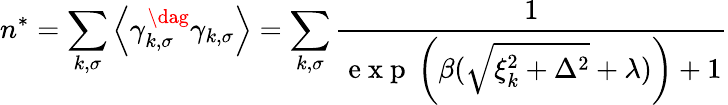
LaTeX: n^{*}=\sum_{k,\sigma}\left\langle\gamma_{k,\sigma}^{\dag}\gamma_{k,\sigma}\right\rangle=\sum_{k,\sigma}\frac{1}{\mathrm{~e~x~p~}\left(\beta(\sqrt{\xi_{k}^{2}+\Delta^{2}}+\lambda)\right)+1}